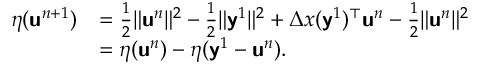
\begin{array} { r l } { \eta ( \mathbf { \boldsymbol { \mathsf { u } } } ^ { n + 1 } ) } & { = \frac { 1 } { 2 } \| \mathbf { \boldsymbol { \mathsf { u } } } ^ { n } \| ^ { 2 } - \frac { 1 } { 2 } \| \mathbf { \boldsymbol { \mathsf { y } } } ^ { 1 } \| ^ { 2 } + \Delta x ( \mathbf { \boldsymbol { \mathsf { y } } } ^ { 1 } ) ^ { \top } \mathbf { \boldsymbol { \mathsf { u } } } ^ { n } - \frac { 1 } { 2 } \| \mathbf { \boldsymbol { \mathsf { u } } } ^ { n } \| ^ { 2 } } \\ & { = \eta ( \mathbf { \boldsymbol { \mathsf { u } } } ^ { n } ) - \eta ( \mathbf { \boldsymbol { \mathsf { y } } } ^ { 1 } - \mathbf { \boldsymbol { \mathsf { u } } } ^ { n } ) . } \end{array}